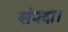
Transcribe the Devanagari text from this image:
संपदा।